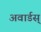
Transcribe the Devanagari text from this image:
अवार्डस्